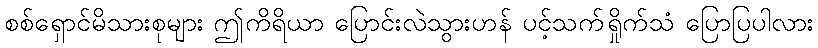
စစ်ရှောင်မိသားစုများ ဤကိရိယာ ပြောင်းလဲသွားဟန် ပင့်သက်ရှိုက်သံ ပြောပြပါလား